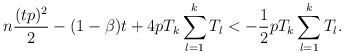
\begin{align*} n\frac{(tp)^2}{2} -(1 - \beta) t+ 4p T_k \sum_{l=1}^k T_l < - \frac{1}{2}p T_k \sum_{l=1}^k T_l . \end{align*}